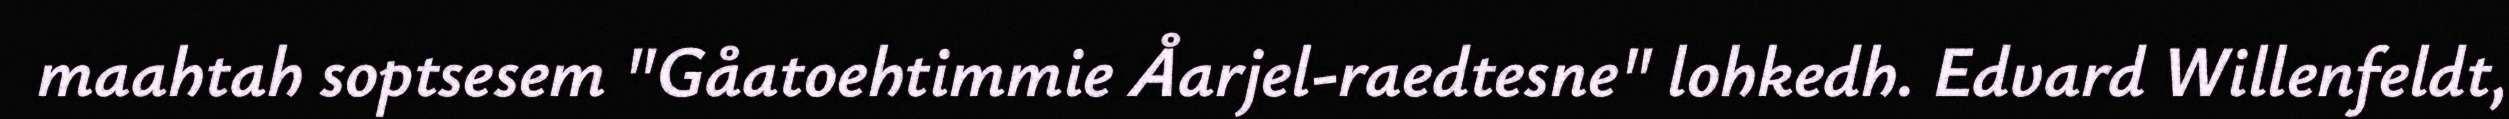
maahtah soptsesem "Gåatoehtimmie Åarjel-raedtesne" lohkedh. Edvard Willenfeldt,